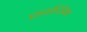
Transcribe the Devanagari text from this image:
स्वर्धिम